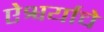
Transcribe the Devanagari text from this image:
ऐश्वर्याचे